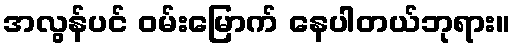
အလွန်ပင် ဝမ်းမြောက် နေပါတယ်ဘုရား။